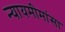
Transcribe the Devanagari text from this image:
न्यायमीमांसा